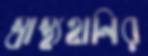
স্বাস্থ্যহানির